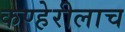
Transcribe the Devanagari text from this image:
कण्हेरीलाच